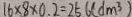
1 6 \times 8 \times 0 . 2 = 2 5 . 6 ( d m ^ { 3 } )